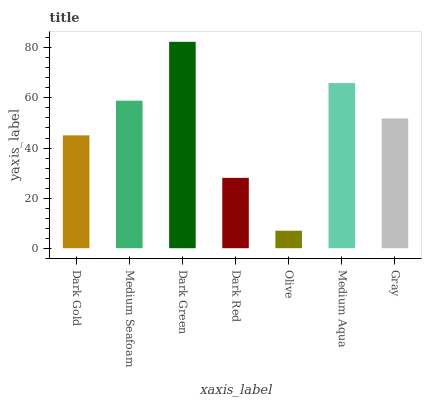
| xaxis_label | bars |
 | --- | --- |
 | Dark Gold | 45.1 |
 | Medium Seafoam | 58.9 |
 | Dark Green | 82.4 |
 | Dark Red | 28.1 |
 | Olive | 6.98 |
 | Medium Aqua | 65.9 |
 | Gray | 51.8 |